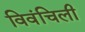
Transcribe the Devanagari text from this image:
विवंचिली